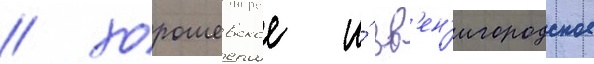
/ хорошевское и́ зв'ен'игородское